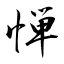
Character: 惮